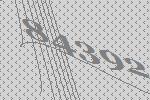
84392